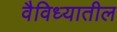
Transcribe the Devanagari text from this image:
वैविध्यातील